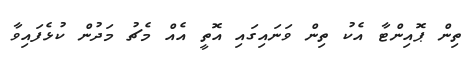
ތިން ޕޮއިންޓާ އެކު ތިން ވަނައިގައި އޮތީ އެއް މެޗު މަދުން ކުޅެފައިވާ